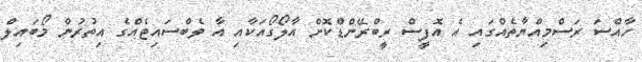
ހާއްސަ ރަސްމިއްޔާތެއްގައި އެ އޮފީސް ރީބްރޭންޑްކޮށް އާލޯގޯއަކާއި އާ ވެބްސައިޓެއްގެ އިތުރުން މޯބައިލް